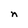
Character: n